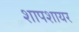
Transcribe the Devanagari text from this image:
शापशायर